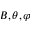
B , \theta , \varphi